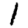
Digit: 1